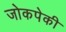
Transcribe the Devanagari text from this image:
जोकपेकी